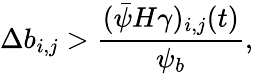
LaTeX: \Delta b_{i,j}>\frac{(\bar{\psi}H\gamma)_{i,j}(t)}{\psi_{b}},